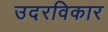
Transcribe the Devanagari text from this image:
उदरविकार